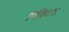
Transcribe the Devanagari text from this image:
पिक्टिश